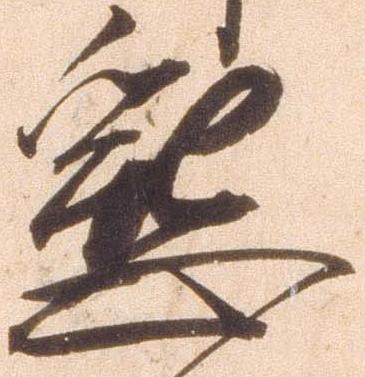
懇